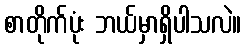
စာတိုက်ပုံး ဘယ်မှာရှိပါသလဲ။